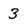
Character: 3